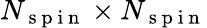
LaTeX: N_{\mathrm{~s~p~i~n~}}\times N_{\mathrm{~s~p~i~n~}}